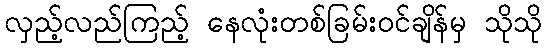
လှည့်လည်ကြည့် နေလုံးတစ်ခြမ်းဝင်ချိန်မှ သိုသို